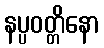
နပ္ပဝတ္တိနော